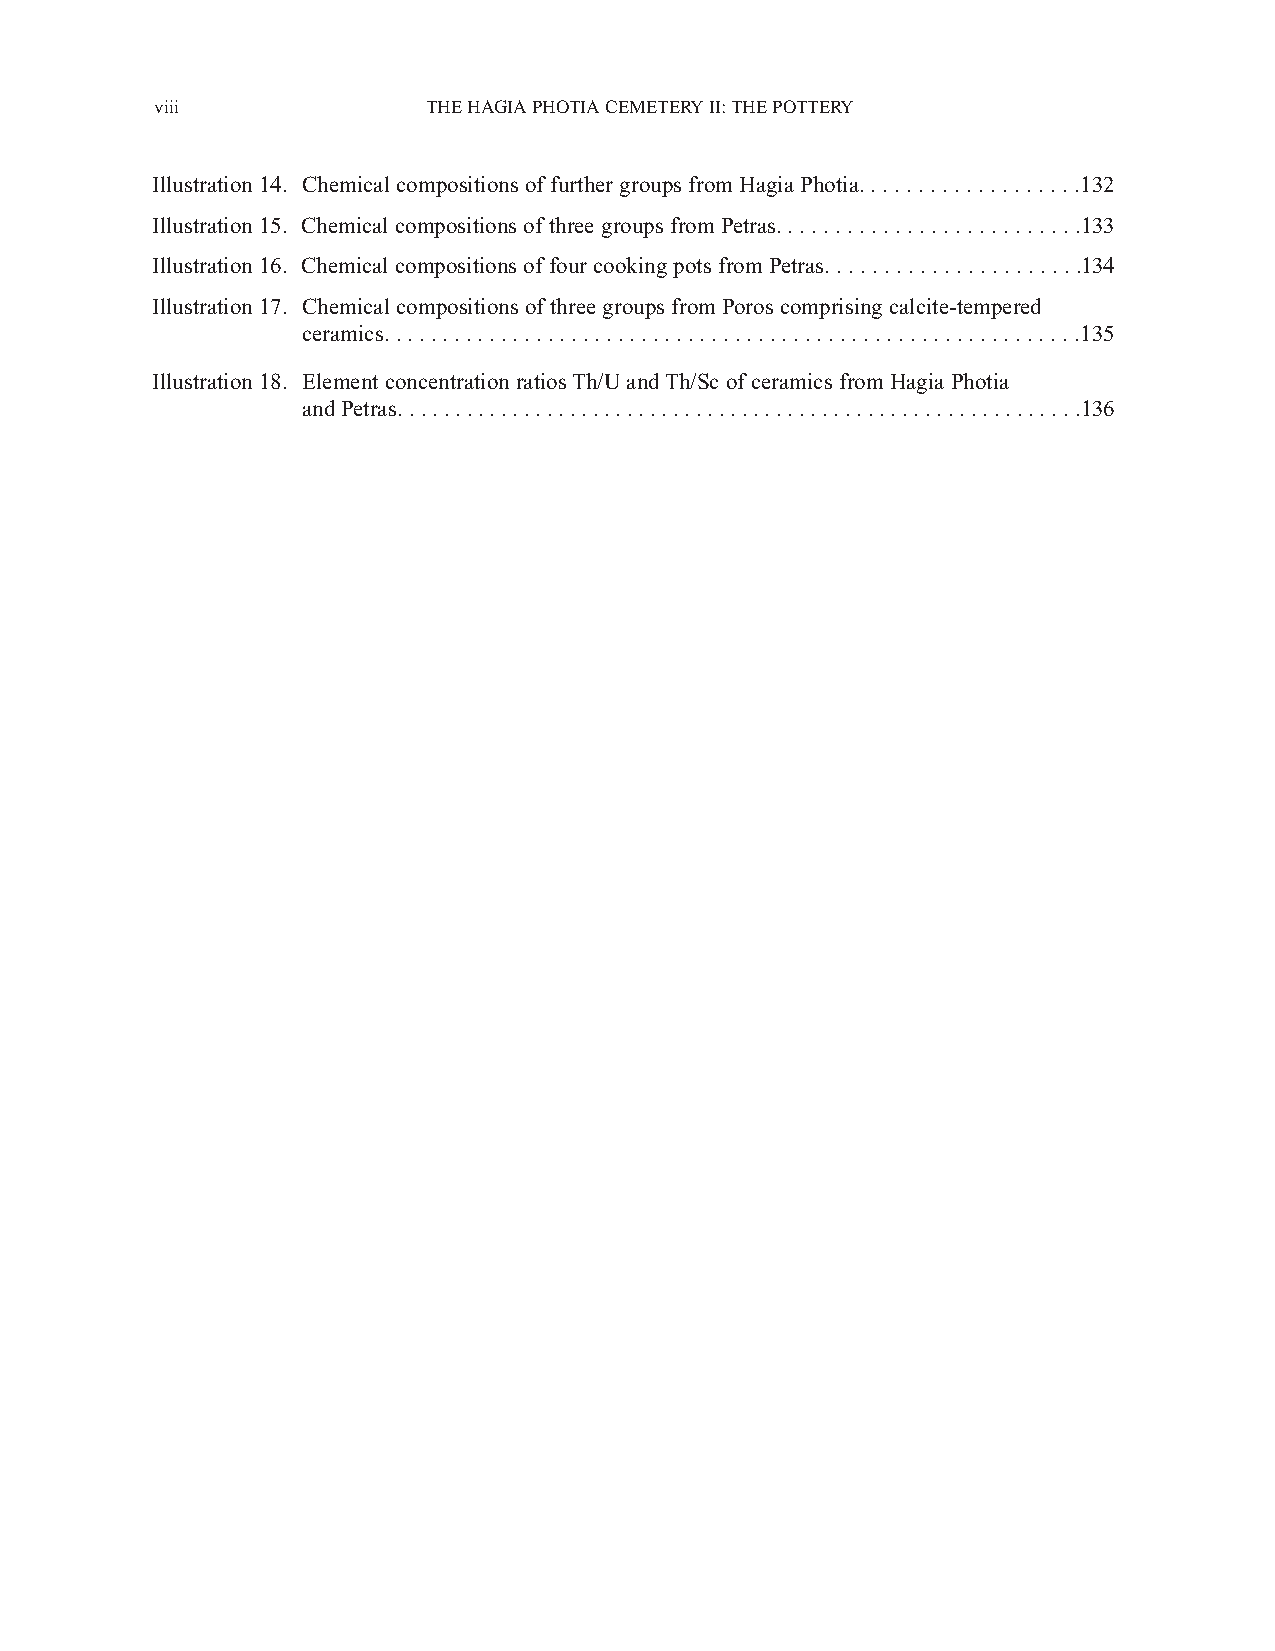
viii              THE HAGIA PHOTIA CEMETERY II: THE POTTERY
 Illustration 14. Chemical compositions of further groups from Hagia Photia. . . . . . . . . . . . . . . . . . .132
 Illustration 15. Chemical compositions of three groups from Petras. . . . . . . . . . . . . . . . . . . . . . . . . .133
 Illustration 16. Chemical compositions of four cooking pots from Petras. . . . . . . . . . . . . . . . . . . . . .134
 Illustration 17. Chemical compositions of three groups from Poros comprising calcite-tempered
 ceramics. . . . . . . . . . . . . . . . . . . . . . . . . . . . . . . . . . . . . . . . . . . . . . . . . . . . . . . . . . . .135
 Illustration 18. Element concentration ratios Th/U and Th/Sc of ceramics from Hagia Photia
 and Petras. . . . . . . . . . . . . . . . . . . . . . . . . . . . . . . . . . . . . . . . . . . . . . . . . . . . . . . . . . . .136